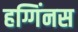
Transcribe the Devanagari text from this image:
हग्गिंनस